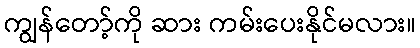
ကျွန်တော့်ကို ဆား ကမ်းပေးနိုင်မလား။